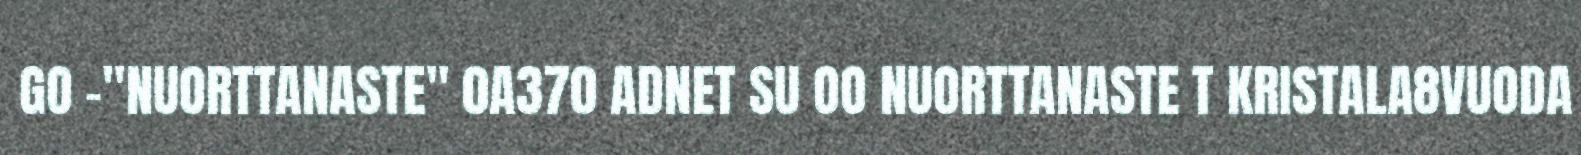
GO -"NUORTTANASTE" 0A370 ADNET SU OO NUORTTANASTE T KRISTALA8VUODA